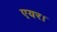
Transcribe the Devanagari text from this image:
एयर।